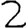
Digit: 2